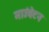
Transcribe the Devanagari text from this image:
माउंबेटन